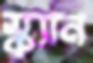
স্ক্যান